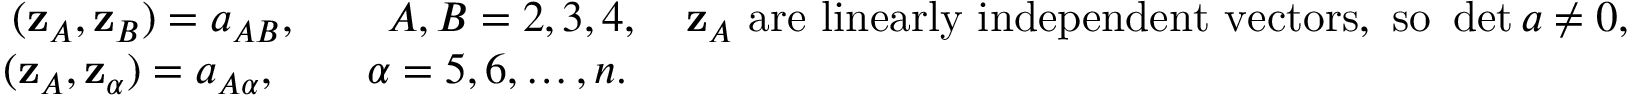
\begin{array} { r } { ( { \bf z } _ { A } , { \bf z } _ { B } ) = a _ { A B } , \qquad A , B = 2 , 3 , 4 , \quad { \bf z } _ { A } ~ \mathrm { a r e ~ l i n e a r l y ~ i n d e p e n d e n t ~ v e c t o r s , ~ s o } ~ \operatorname* { d e t } a \ne 0 , } \\ { ( { \bf z } _ { A } , { \bf z } _ { \alpha } ) = a _ { A \alpha } , \qquad \alpha = 5 , 6 , \ldots , n . \qquad \qquad \qquad \qquad \qquad \qquad \qquad \qquad \qquad \qquad \qquad \quad } \end{array}